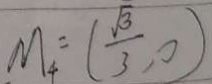
M _ { 4 } = ( \frac { \sqrt { 3 } } { 3 } , 0 )